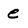
Character: e